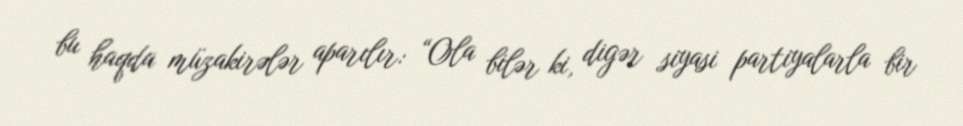
bu haqda müzakirələr aparılır: “Ola bilər ki, digər siyasi partiyalarla bir